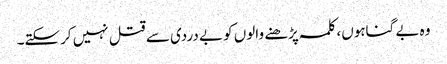
وہ بے گناہوں، کلمہ پڑھنے والوں کو بے دردی سے قتل نہیں کرسکتے۔